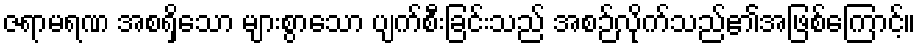
ဇရာမရဏ အစရှိသော များစွာသော ပျက်စီးခြင်းသည် အစဉ်လိုက်သည်၏အဖြစ်ကြောင့်။